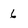
Character: 6